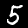
Digit: 5